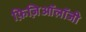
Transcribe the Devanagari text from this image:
फ़िज़िऑलॉजी